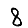
Digit: 8